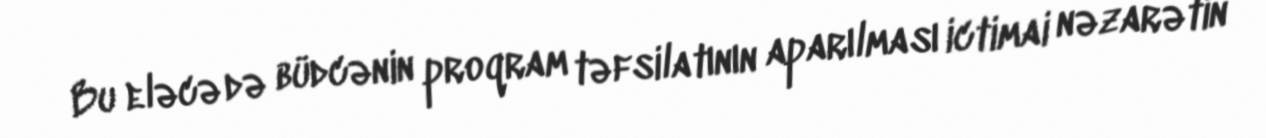
Bu eləcə də büdcənin proqram təfsilatının aparılması ictimai nəzarətin